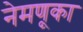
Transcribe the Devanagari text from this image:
नेमणूका